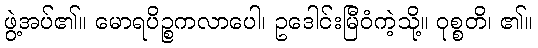
ဖွဲ့အပ်၏။ မောရပိဉ္စကလာပေါ၊ ဥဒေါင်းမြီဝံကဲ့သို့။ ဝုစ္စတိ၊ ၏။